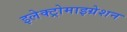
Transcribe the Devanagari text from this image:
इलेक्ट्रोमाइग्रेशन